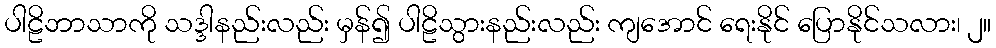
ပါဠိဘာသာကို သဒ္ဒါနည်းလည်း မှန်၍ ပါဠိသွားနည်းလည်း ကျအောင် ရေးနိုင် ပြောနိုင်သလား၊ ၂။